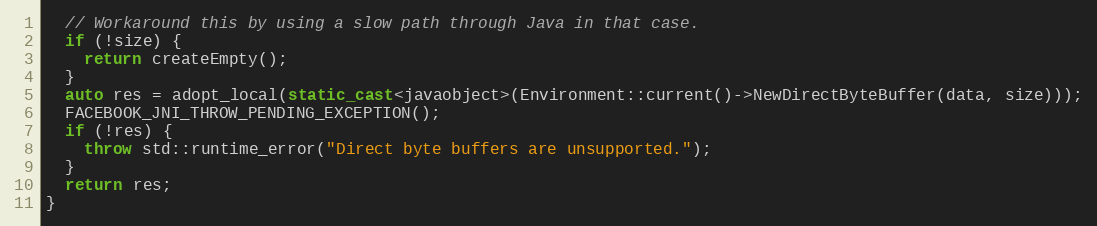
Language: C++
  // Workaround this by using a slow path through Java in that case.
  if (!size) {
    return createEmpty();
  }
  auto res = adopt_local(static_cast<javaobject>(Environment::current()->NewDirectByteBuffer(data, size)));
  FACEBOOK_JNI_THROW_PENDING_EXCEPTION();
  if (!res) {
    throw std::runtime_error("Direct byte buffers are unsupported.");
  }
  return res;
}